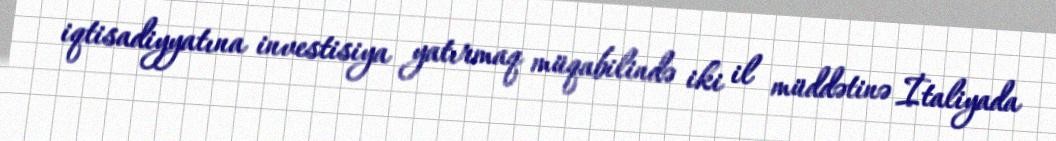
iqtisadiyyatına investisiya yatırmaq müqabilində iki il müddətinə İtaliyada